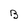
Character: B